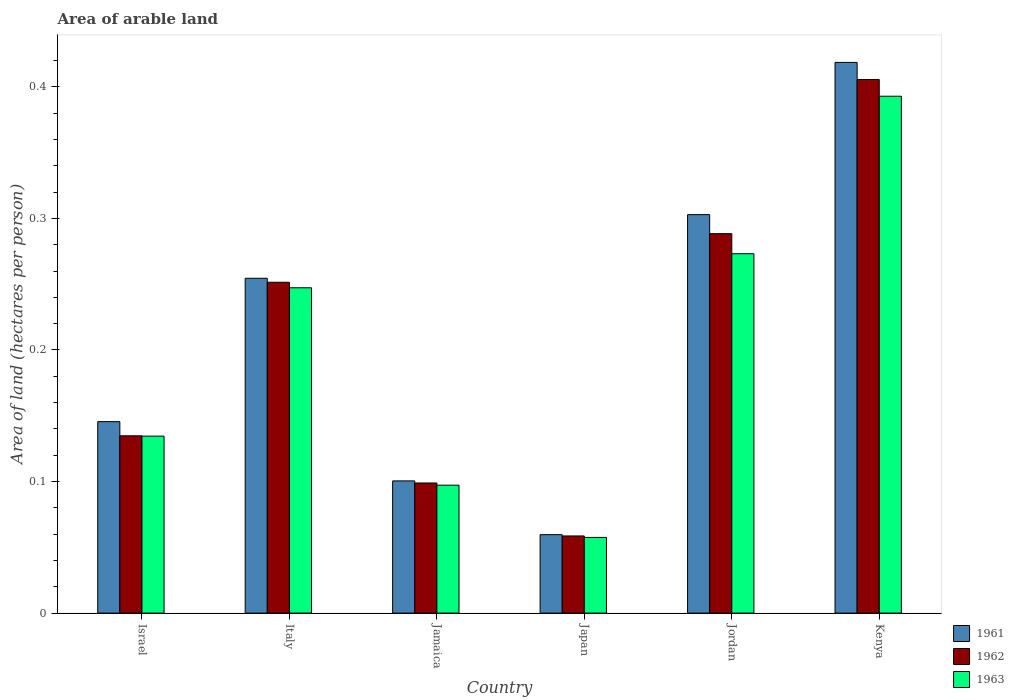
| Country | 1961 | 1962 | 1963 |
 | --- | --- | --- | --- |
 | Israel | 0.146 | 0.135 | 0.135 |
 | Italy | 0.255 | 0.251 | 0.247 |
 | Jamaica | 0.1 | 0.0989 | 0.0972 |
 | Japan | 0.0596 | 0.0586 | 0.0575 |
 | Jordan | 0.303 | 0.288 | 0.273 |
 | Kenya | 0.419 | 0.406 | 0.393 |